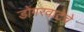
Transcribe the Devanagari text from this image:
डोंगरवाटेचे